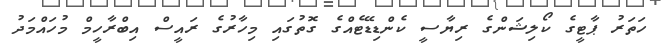
ހަތަރު ޕާޓީގެ ކޯލިޝަންގެ ރިޔާސީ ކެންޑިޑޭޓެއްގެ ގޮތުގައި މިހާރުގެ ރައީސް އިބްރާހީމް މުހައްމަދު